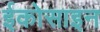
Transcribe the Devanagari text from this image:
ईकोसाइन